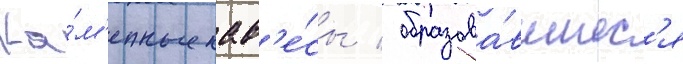
Ка́м'енные нав'е́сы / образова́вшиес'я